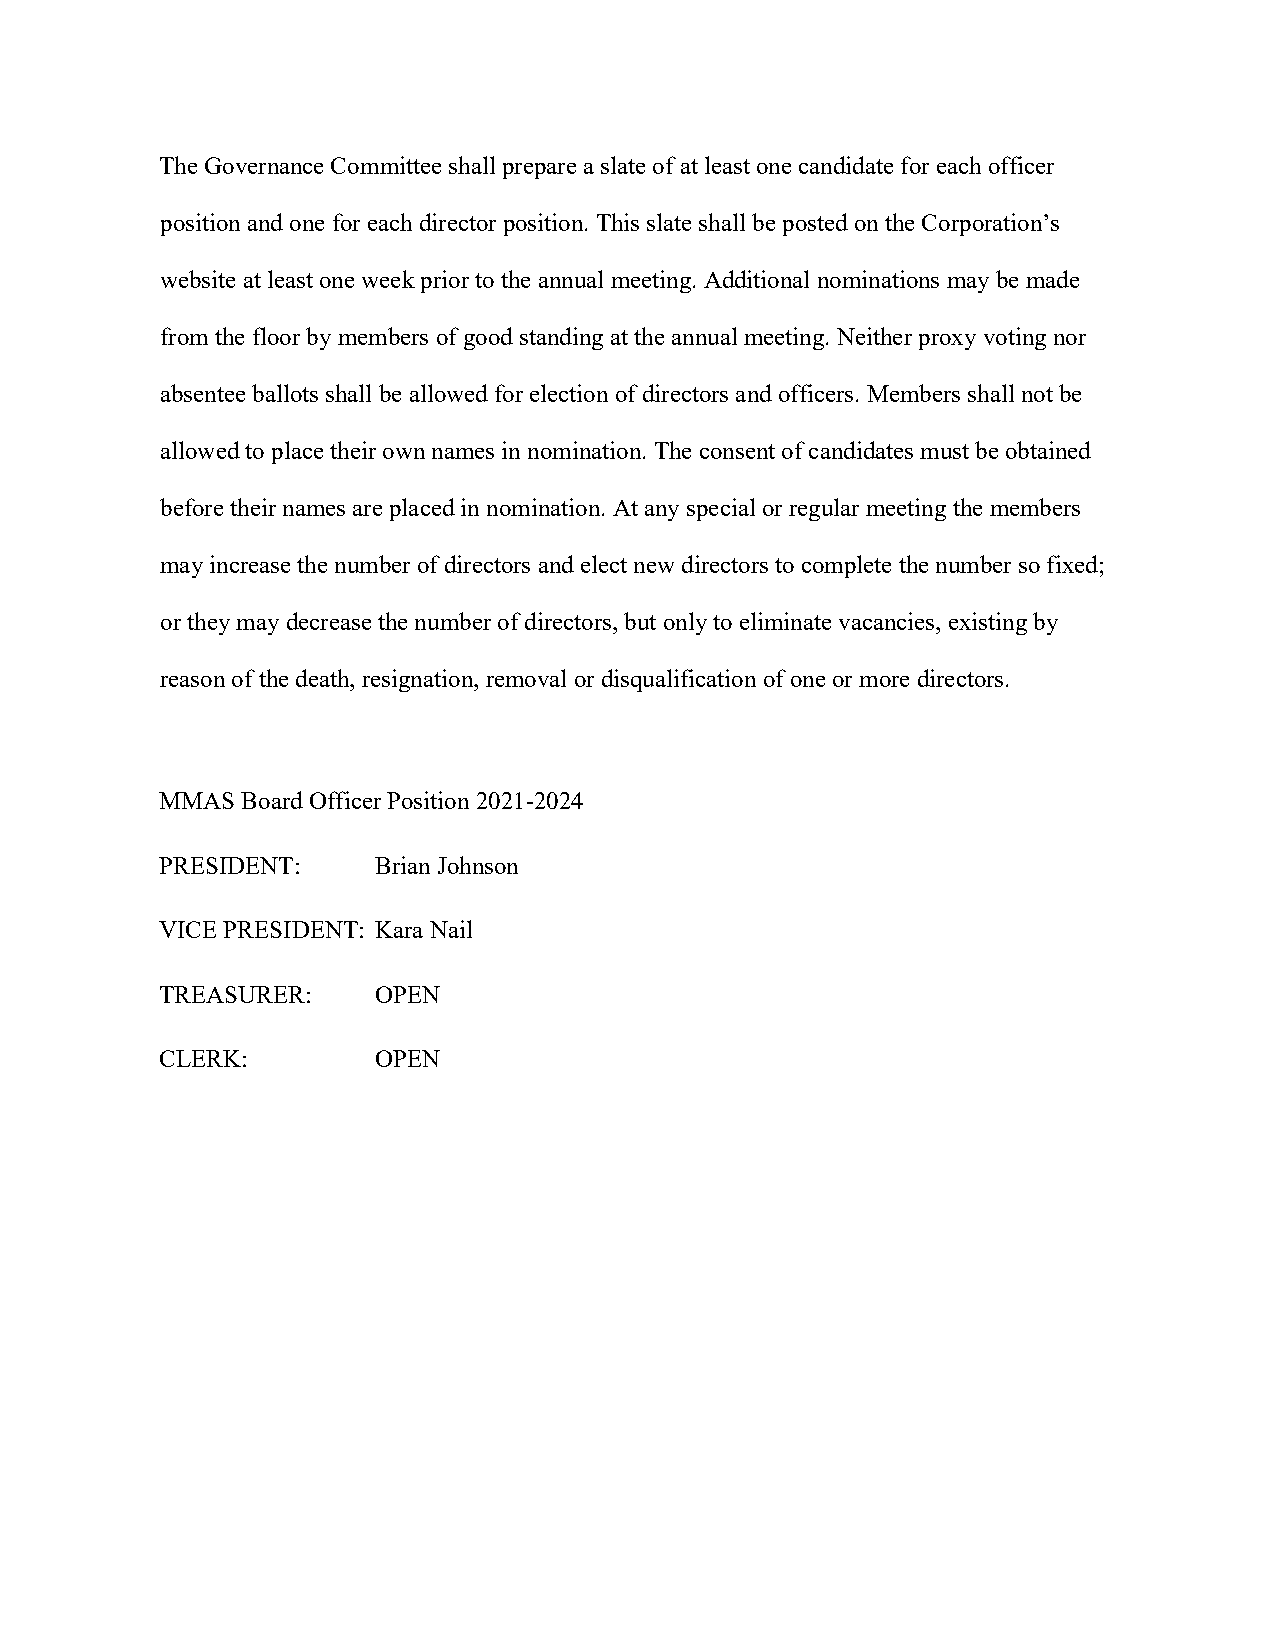
The Governance Committee shall prepare a slate of at least one candidate for each officer
 position and one for each director position. This slate shall be posted on the Corporation’s
 website at least one week prior to the annual meeting. Additional nominations may be made
 from the floor by members of good standing at the annual meeting. Neither proxy voting nor
 absentee ballots shall be allowed for election of directors and officers. Members shall not be
 allowed to place their own names in nomination. The consent of candidates must be obtained
 before their names are placed in nomination. At any special or regular meeting the members
 may increase the number of directors and elect new directors to complete the number so fixed;
 or they may decrease the number of directors, but only to eliminate vacancies, existing by
 reason of the death, resignation, removal or disqualification of one or more directors.
 MMAS Board Officer Position 2021-2024
 PRESIDENT:    Brian Johnson
 VICE PRESIDENT: Kara Nail
 TREASURER:    OPEN
 CLERK:        OPEN